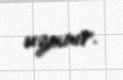
uzanır.